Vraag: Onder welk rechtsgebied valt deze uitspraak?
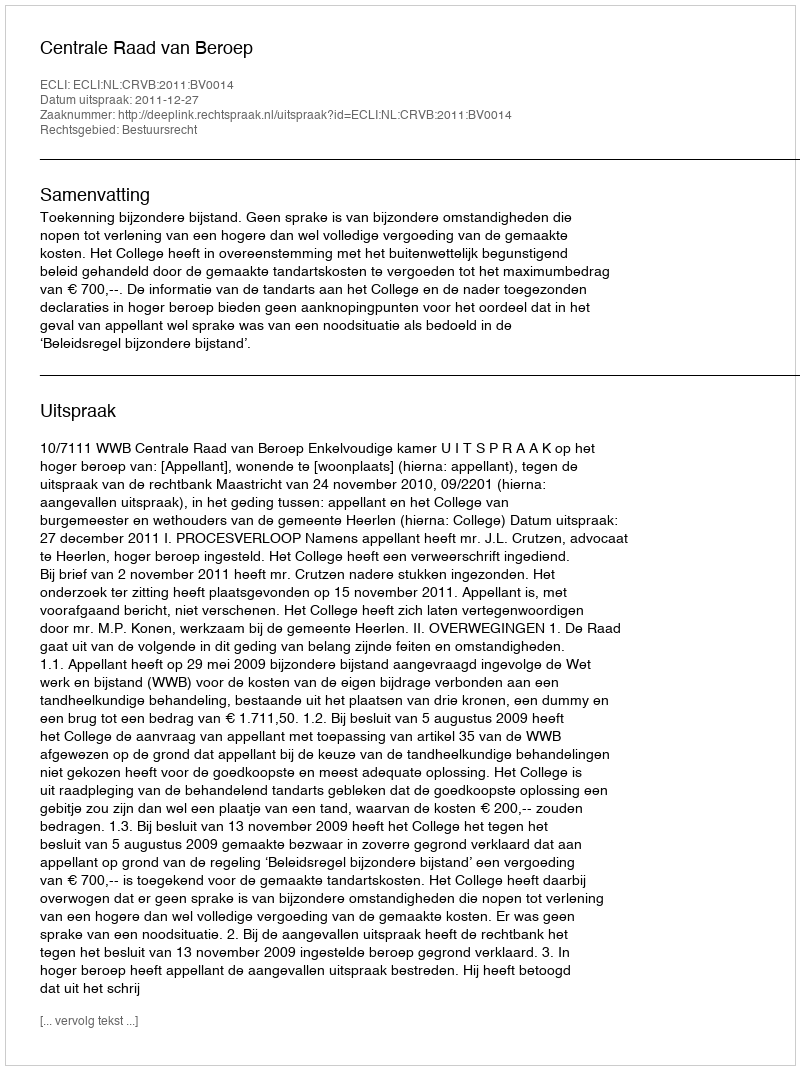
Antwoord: Bestuursrecht